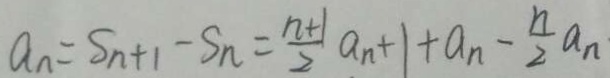
a _ { n } = S _ { n + 1 } - S _ { n } = \frac { n + 1 } { 2 } a _ { n } + 1 + a _ { n } - \frac { n } { 2 } a _ { n }